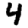
Digit: 4